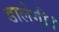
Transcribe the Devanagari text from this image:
डालेगी।